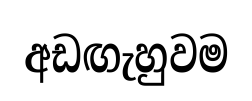
අඩඟැහුවම